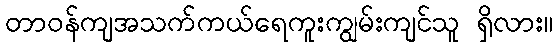
တာဝန်ကျအသက်ကယ်ရေကူးကျွမ်းကျင်သူ ရှိလား။